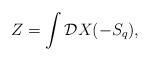
LaTeX: \begin{align*}Z= \int {\cal D}X (-S_q),\end{align*}